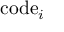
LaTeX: \mathrm { c o d e } _ { i }